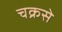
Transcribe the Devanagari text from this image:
चक्रसे